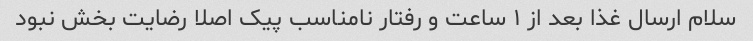
سلام ارسال غذا بعد از ۱ ساعت و رفتار نامناسب پیک اصلا رضایت بخش نبود